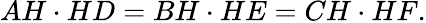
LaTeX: AH\cdot HD=BH\cdot HE=CH\cdot HF.